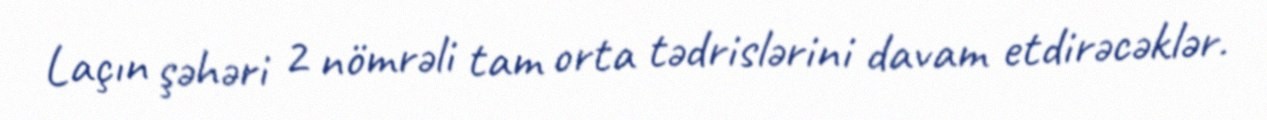
Laçın şəhəri 2 nömrəli tam orta tədrislərini davam etdirəcəklər.